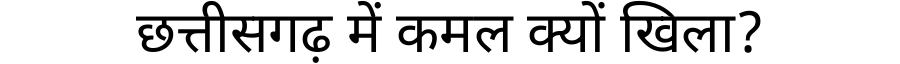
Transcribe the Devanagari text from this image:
छत्तीसगढ़ में कमल क्यों खिला?